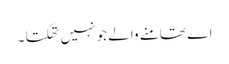
اے تھامنے والے جو نہیں تھکتا ۔